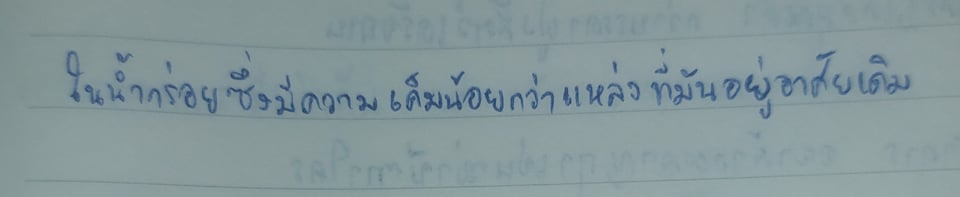
ในน้ำกร่อยซึ่งมีความเค็มน้อยกว่าแหล่งที่มันอยู่อาศัยเดิม